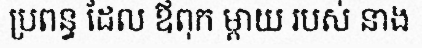
ប្រពន្ធ ដែល ឪពុក ម្តាយ របស់ នាង